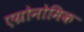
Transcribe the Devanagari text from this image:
एग्रोनोमिक